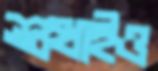
শুখাইও